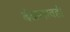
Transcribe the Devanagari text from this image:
बेळगावही